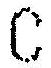
C